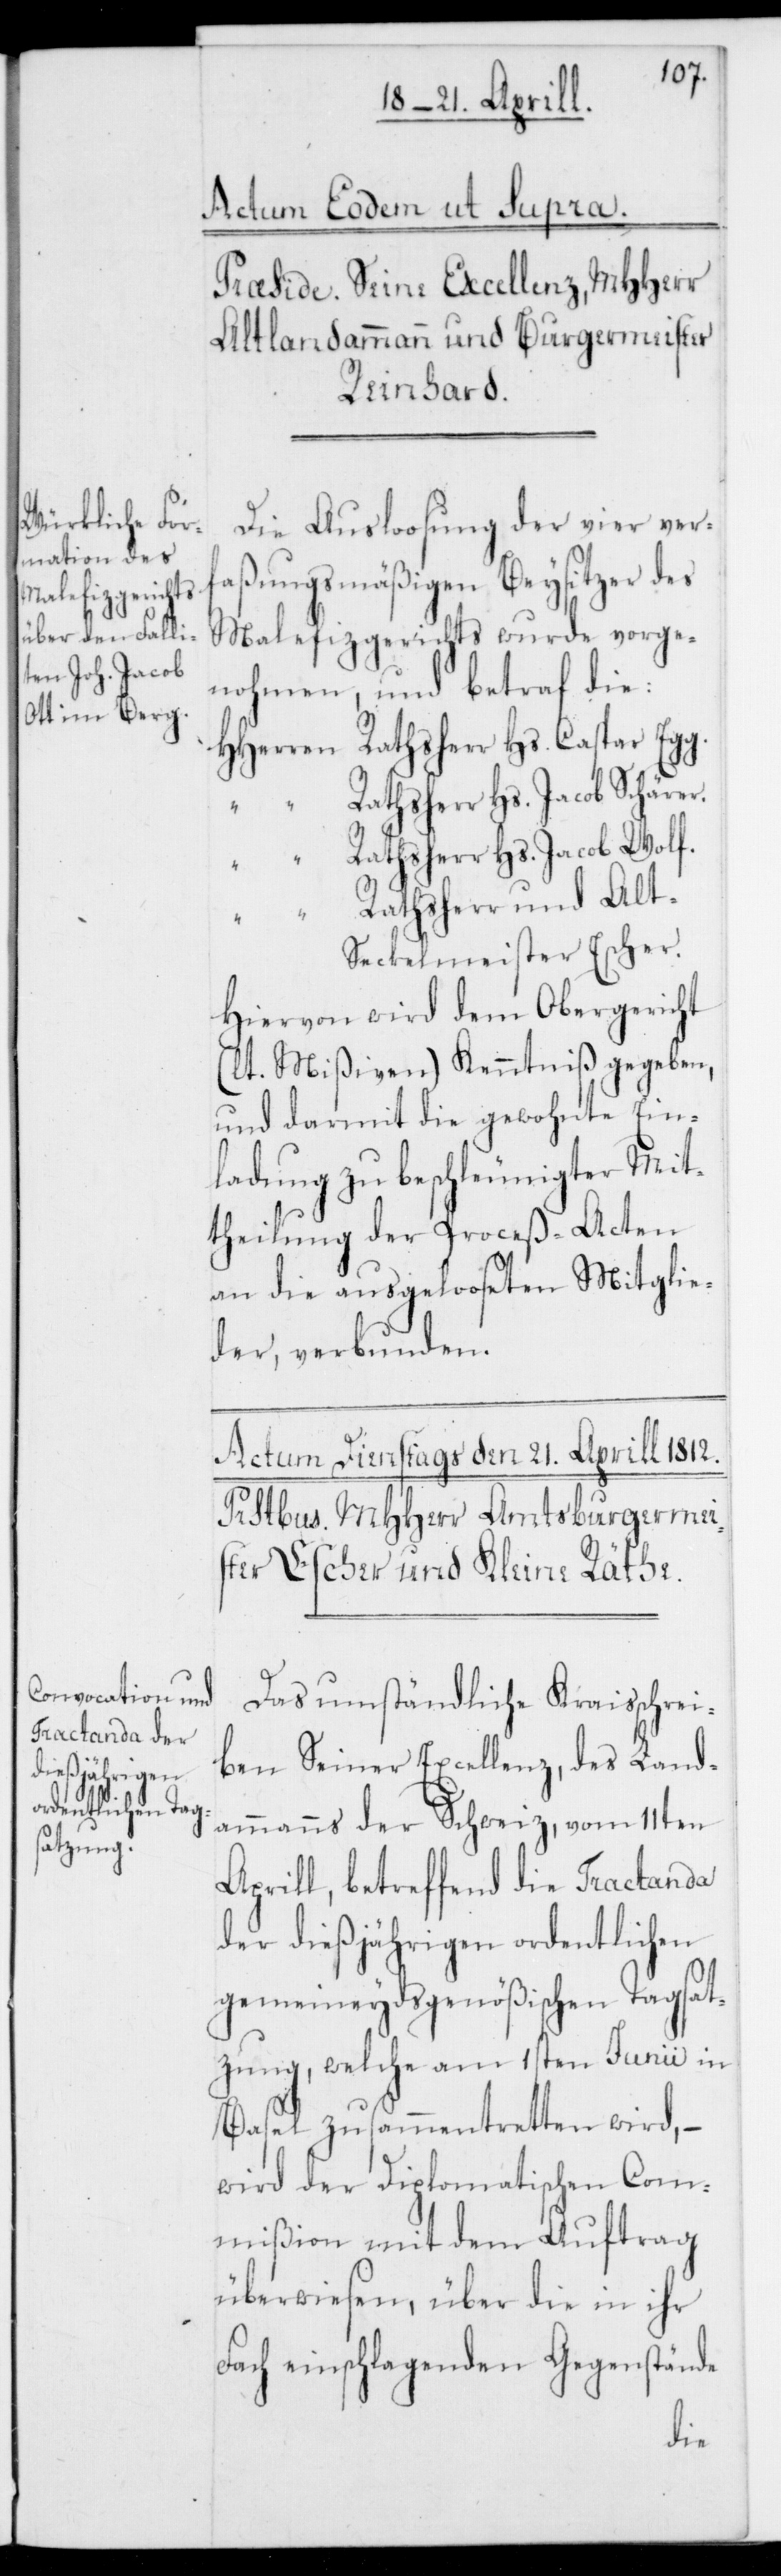
Die Ausloosung der vier ver¬
faßungsmäßigen Beysitzer des
Malefizgerichts wurde vorge¬
nohmen, und betraf die:
Ratsherr Hs. Jacob Wolf.
Ratsherr und Alt-S¬
eckelmeister Escher.
Hiervon wird dem Obergericht
(lt. Mißiven) Kenntniß gegeben,
und darmit die gewohnte Ein¬
ladung zu beschleunigter Mit¬
theilung der Proceß-Acten
an die ausgelooseten Mitglie¬
der, verbunden.
Das umständliche Kreisschrei¬
ben Seiner Excellenz, des Land¬
ammanns der Schweiz vom 11ten
Aprill, betreffend die Tractanda
der dießjährigen ordentlichen
gemeineydsgenößischen Tagsat¬
zung, welche am 1sten Junii in
Basel zusammentretten wird, –
wird der Diplomatischen Com¬
mißion mit dem Auftrag
überwiesen, über die in ihr
Fach einschlagenden Gegenstände